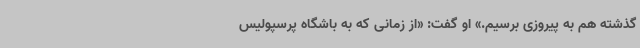
گذشته هم به پیروزی برسیم.» او گفت: «از زمانی که به باشگاه پرسپولیس